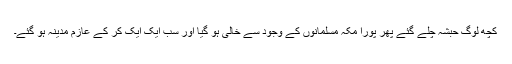
کچھ لوگ حبشہ چلے گئے پھر پورا مکہ مسلمانوں کے وجود سے خالی ہو گیا اور سب ایک ایک کر کے عازم مدینہ ہو گئے۔